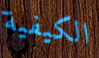
الكيفية